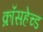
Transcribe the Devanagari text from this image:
क्रॉसहेच्ड